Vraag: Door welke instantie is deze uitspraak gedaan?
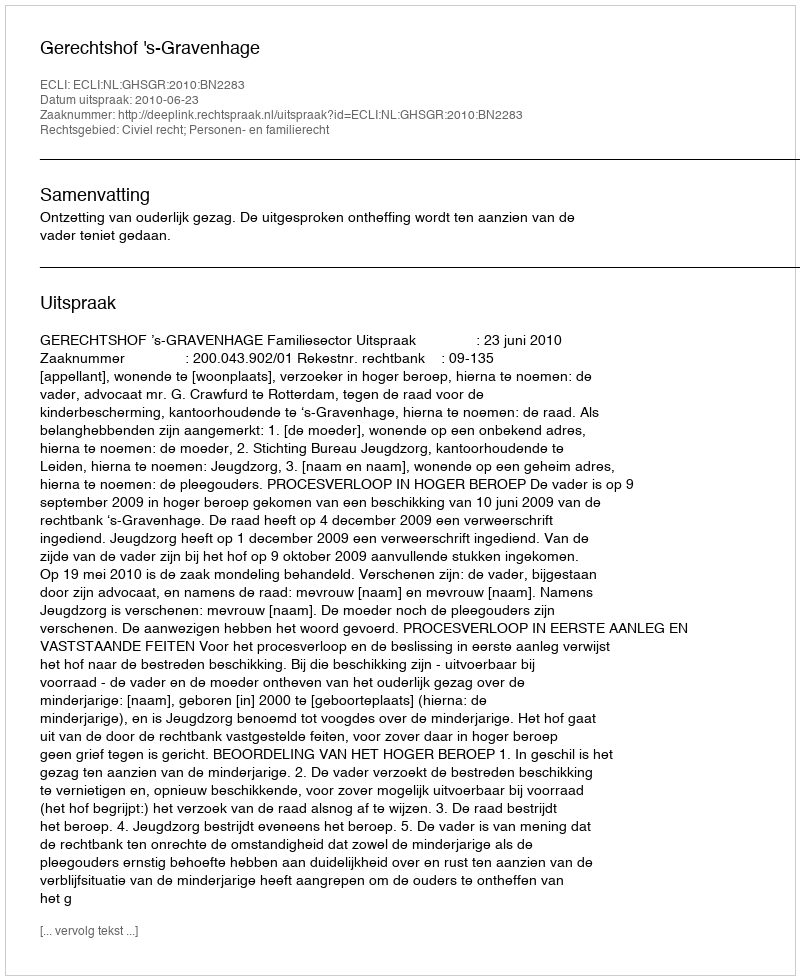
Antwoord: Gerechtshof 's-Gravenhage